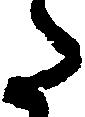
た